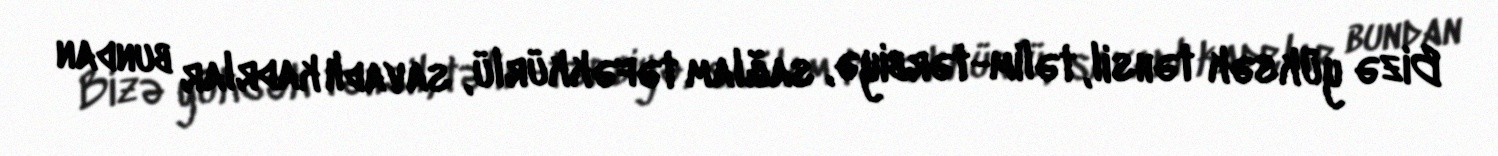
Bizə yüksək təhsil, təlim-tərbiyə, sağlam təfəkkürlü, savadlı kadrlar bundan